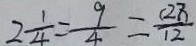
2 \frac { 1 } { 4 } = \frac { 9 } { 4 } = \frac { ( 2 7 ) } { 1 2 }